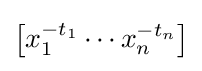
\left[x_{1}^{-t_{1}}\cdots x_{n}^{-t_{n}}\right]